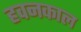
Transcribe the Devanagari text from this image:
हवनकाल